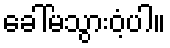
ခေါ်မသွားဝံ့ပါ။